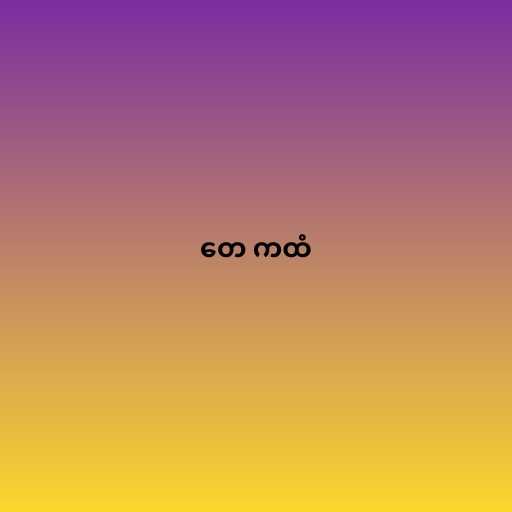
တေ ကထံ